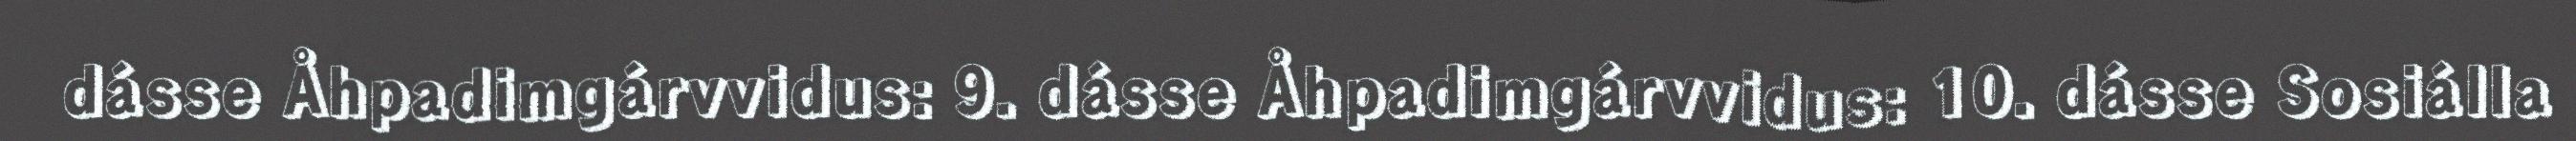
dásse Åhpadimgárvvidus: 9. dásse Åhpadimgárvvidus: 10. dásse Sosiálla